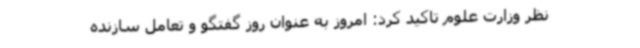
نظر وزارت علوم تاکید کرد: امروز به عنوان روز گفتگو و تعامل سازنده